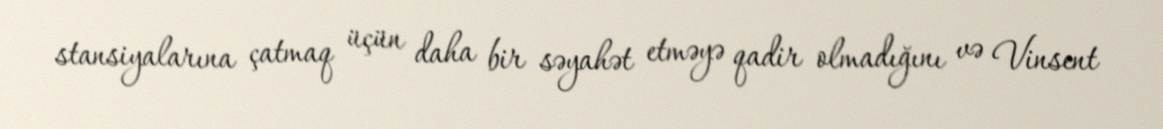
stansiyalarına çatmaq üçün daha bir səyahət etməyə qadir olmadığını və Vinsent